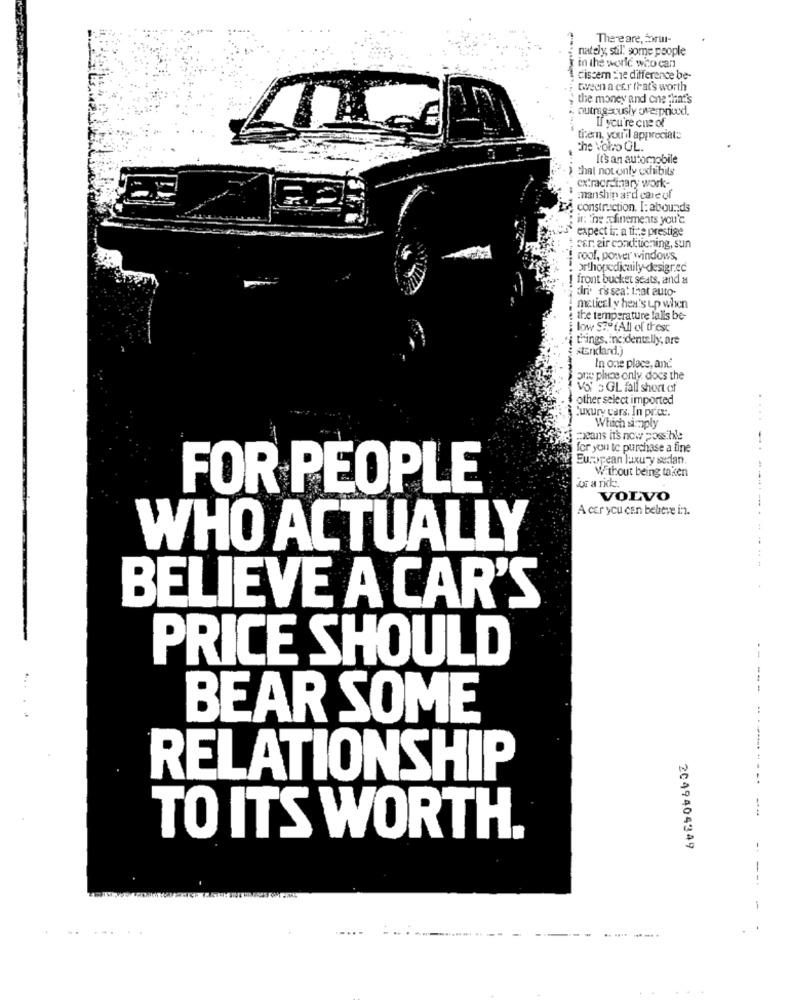
There are, boru-
nately, stil. some people
in the world who can
1 discern -1e difference be-
; tiveen a cer frats worth
, the money and one that's
outrageously overpriced.
If you're cne of
them, you'il appreciate
the Volo GL.
It's an automobile
> that not only exhibits
extraordinary work-
manship ard care of
LA construction. I:abounds
it: : ne :dinements you'd
expect ir. a ti te prestige
car. air conditioning, sun
roof, porver windows,
orthopedicaily desigrec
1 front bucket seats, and a
ini. r's seat that auto-
metical y hex's up when
the temperature falls be-
; low $79 (All of these
things. incidentally, are
"Encard.)
In one place, and
one place only docs the
Vols GL fall short of
$other select imported
luxury cars. In price.
Which simply
means it's now possible
for you to purchase a fine
..-.
European luxury sedan.
Without being taken
FOR PEOPLE
of a rick.
VOLVO
A car you can believe in.
-----
WHO ACTUALLY
BELIEVE A CAR'S
--
PRICE SHOULD
BEAR SOME
RELATIONSHIP
TO ITS WORTH.
2049404349